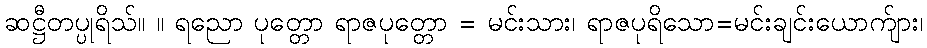
ဆဋ္ဌီတပ္ပုရိသ်။ ။ ရညော ပုတ္တော ရာဇပုတ္တော = မင်းသား၊ ရာဇပုရိသော=မင်းချင်းယောက်ျား၊